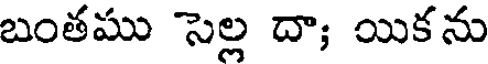
బంతము సెల్ల దా; యికను